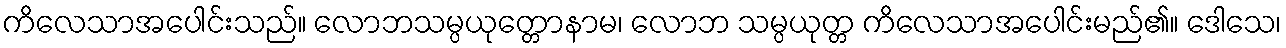
ကိလေသာအပေါင်းသည်။ လောဘသမ္ပယုတ္တောနာမ၊ လောဘ သမ္ပယုတ္တ ကိလေသာအပေါင်းမည်၏။ ဒေါသေ၊